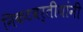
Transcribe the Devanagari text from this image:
निकटवर्तीयांनी